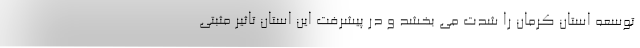
توسعه استان کرمان را شدت می بخشد و در پیشرفت این استان تاثیر مثبتی